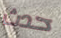
حدث